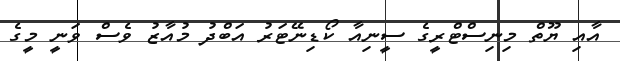
އާއި ޔޫތް މިނިސްޓްރީގެ ސީނިއާ ކޯޑިނޭޓަރު އަބްދު މުއާޒު ވެސް ވަނީ މީގެ